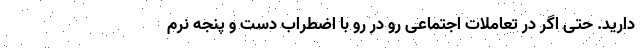
دارید. حتی اگر در تعاملات اجتماعی رو در رو با اضطراب دست و پنجه نرم